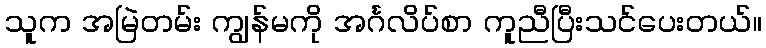
သူက အမြဲတမ်း ကျွန်မကို အင်္ဂလိပ်စာ ကူညီပြီးသင်ပေးတယ်။